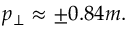
p _ { \perp } \approx \pm 0 . 8 4 m .